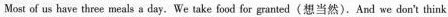
Most of us have three meals s day.We take food for granted(想当然).And we don't think